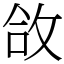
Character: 㪉